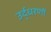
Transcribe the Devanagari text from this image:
उर्द्धरणों